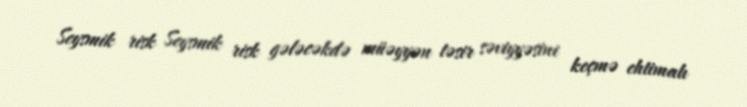
Seysmik risk Seysmik risk gələcəkdə müəyyən təsir səviyyəsini keçmə ehtimalı